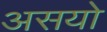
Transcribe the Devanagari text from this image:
असयो